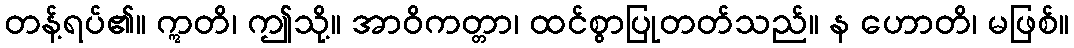
တန့်ရပ်၏။ ဣတိ၊ ဤသို့။ အာဝိကတ္တာ၊ ထင်စွာပြုတတ်သည်။ န ဟောတိ၊ မဖြစ်။